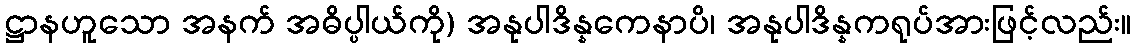
ဋ္ဌာနဟူသော အနက် အဓိပ္ပါယ်ကို) အနုပါဒိန္နကေနာပိ၊ အနုပါဒိန္နကရုပ်အားဖြင့်လည်း။